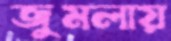
জুমলায়